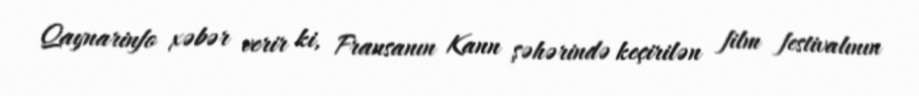
Qaynarinfo xəbər verir ki, Fransanın Kann şəhərində keçirilən film festivalının